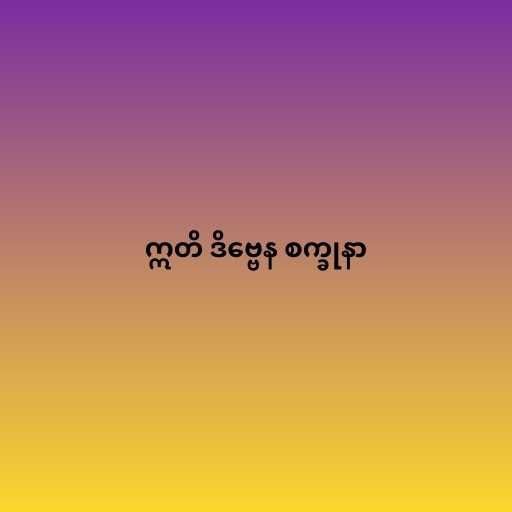
ဣတိ ဒိဗ္ဗေန စက္ခုနာ